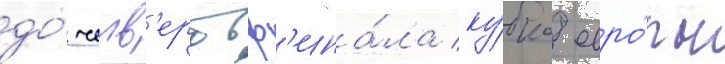
до́ четв'ертьф'ина́ла ку́бка евро́пы